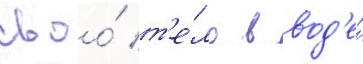
своо́ т'е́ло в вод'е́